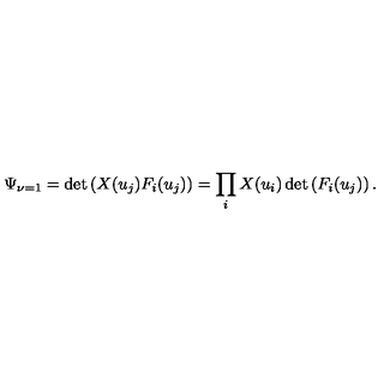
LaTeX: \Psi _ { \nu = 1 } = \det \left( X ( u _ { j } ) F _ { i } ( u _ { j } ) \right) = \prod _ { i } X ( u _ { i } ) \det \left( F _ { i } ( u _ { j } ) \right) .